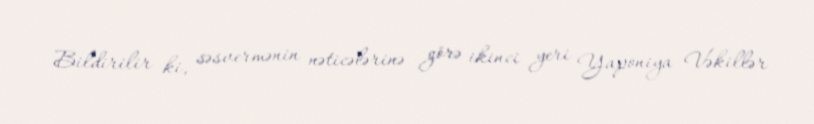
Bildirilir ki, səsvermənin nəticələrinə görə ikinci yeri Yaponiya Vəkillər